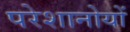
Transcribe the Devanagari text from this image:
परेशानोयों